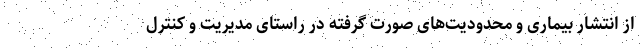
از انتشار بیماری و محدودیت‌های صورت گرفته در راستای مدیریت و کنترل